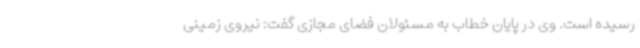
رسیده است. وی در پایان خطاب به مسئولان فضای مجازی گفت: نیروی زمینی